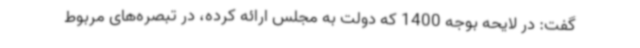
گفت: در لایحه بوجه 1400 که دولت به مجلس ارائه کرده، در تبصره‌های مربوط